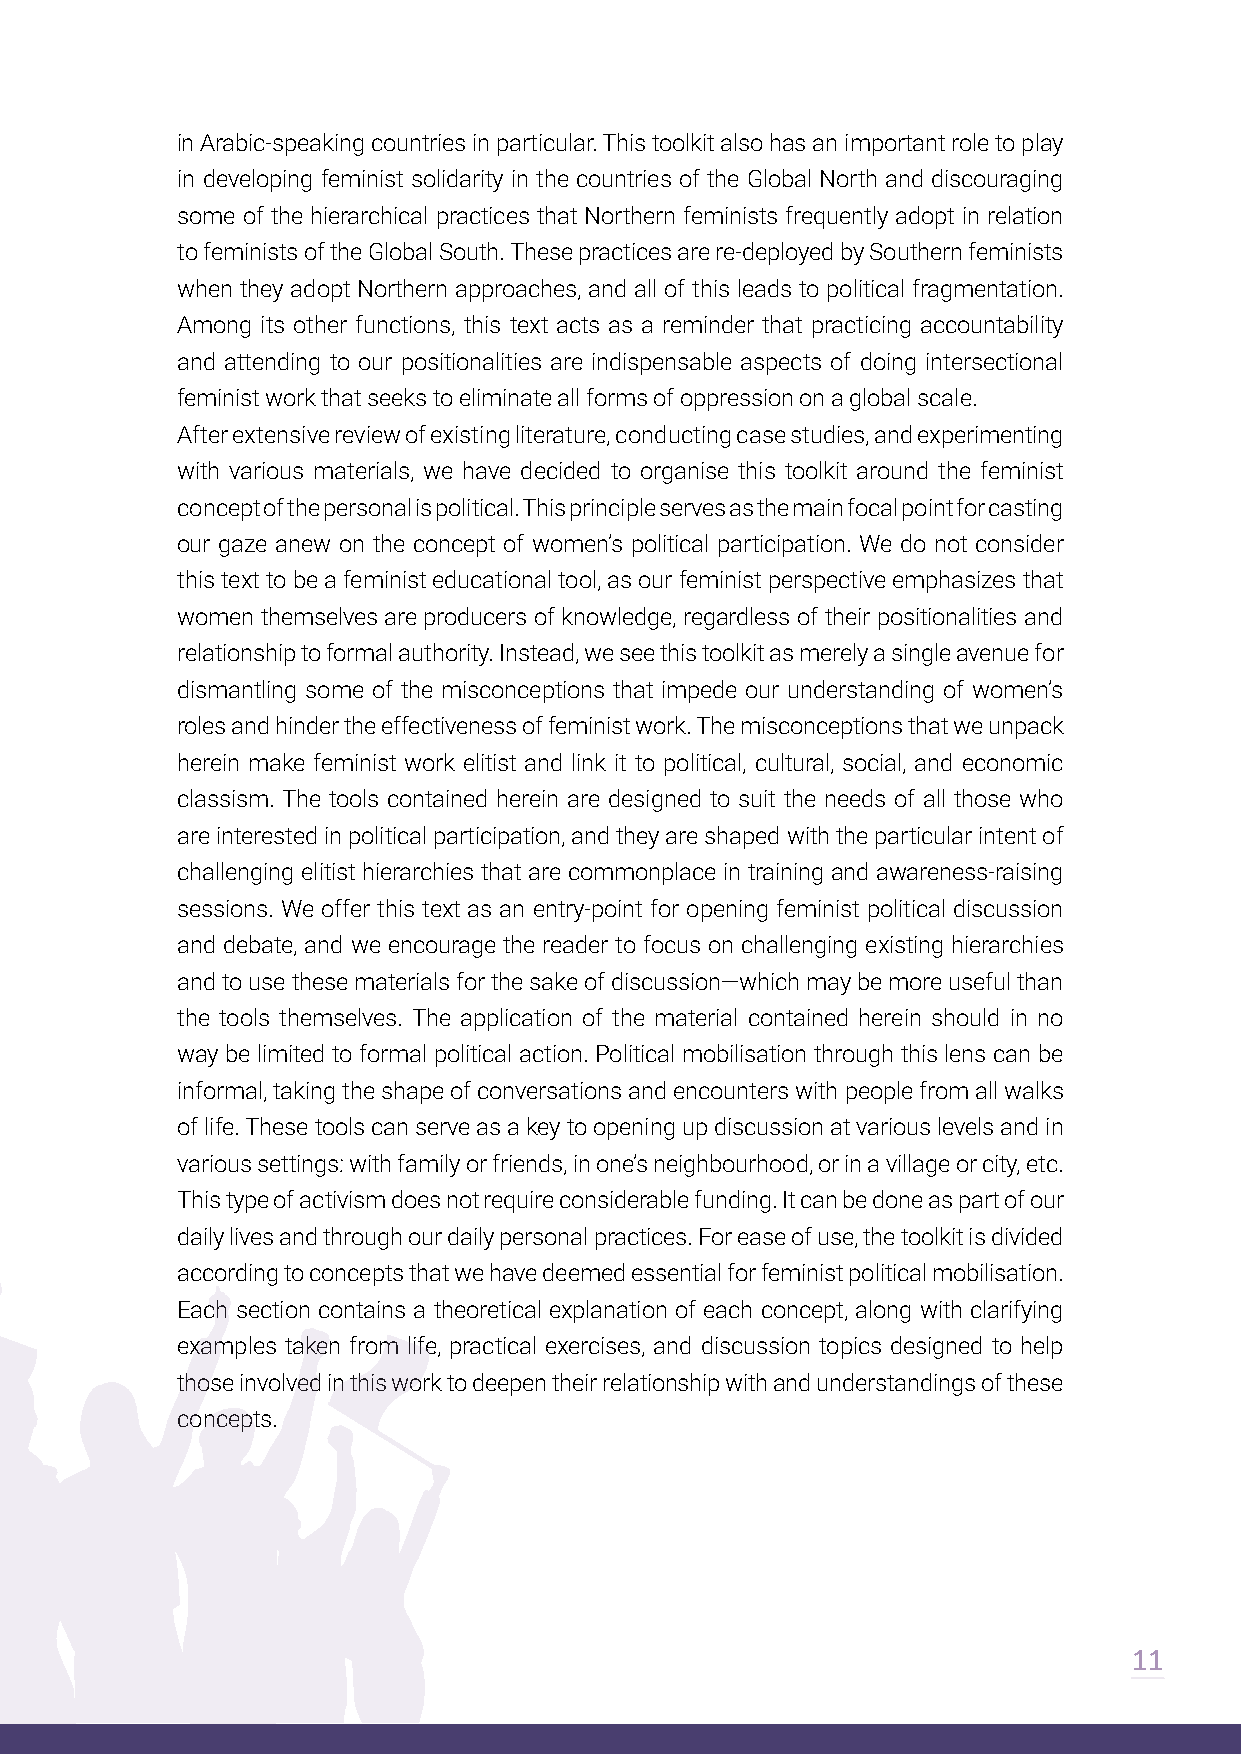
in Arabic-speaking countries in particular. This toolkit also has an important role to play
 in developing feminist solidarity in the countries of the Global North and discouraging
 some of the hierarchical practices that Northern feminists frequently adopt in relation
 to feminists of the Global South. These practices are re-deployed by Southern feminists
 when they adopt Northern approaches, and all of this leads to political fragmentation.
 Among its other functions, this text acts as a reminder that practicing accountability
 and attending to our positionalities are indispensable aspects of doing intersectional
 feminist work that seeks to eliminate all forms of oppression on a global scale.
 After extensive review of existing literature, conducting case studies, and experimenting
 with various materials, we have decided to organise this toolkit around the feminist
 concept of the personal is political. This principle serves as the main focal point for casting
 our gaze anew on the concept of women’s political participation. We do not consider
 this text to be a feminist educational tool, as our feminist perspective emphasizes that
 women themselves are producers of knowledge, regardless of their positionalities and
 relationship to formal authority. Instead, we see this toolkit as merely a single avenue for
 dismantling some of the misconceptions that impede our understanding of women’s
 roles and hinder the effectiveness of feminist work. The misconceptions that we unpack
 herein make feminist work elitist and link it to political, cultural, social, and economic
 classism. The tools contained herein are designed to suit the needs of all those who
 are interested in political participation, and they are shaped with the particular intent of
 challenging elitist hierarchies that are commonplace in training and awareness-raising
 sessions. We offer this text as an entry-point for opening feminist political discussion
 and debate, and we encourage the reader to focus on challenging existing hierarchies
 and to use these materials for the sake of discussion—which may be more useful than
 the tools themselves. The application of the material contained herein should in no
 way be limited to formal political action. Political mobilisation through this lens can be
 informal, taking the shape of conversations and encounters with people from all walks
 of life. These tools can serve as a key to opening up discussion at various levels and in
 various settings: with family or friends, in one’s neighbourhood, or in a village or city, etc.
 This type of activism does not require considerable funding. It can be done as part of our
 daily lives and through our daily personal practices. For ease of use, the toolkit is divided
 according to concepts that we have deemed essential for feminist political mobilisation.
 Each section contains a theoretical explanation of each concept, along with clarifying
 examples taken from life, practical exercises, and discussion topics designed to help
 those involved in this work to deepen their relationship with and understandings of these
 concepts.
 11